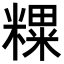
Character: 𥼑